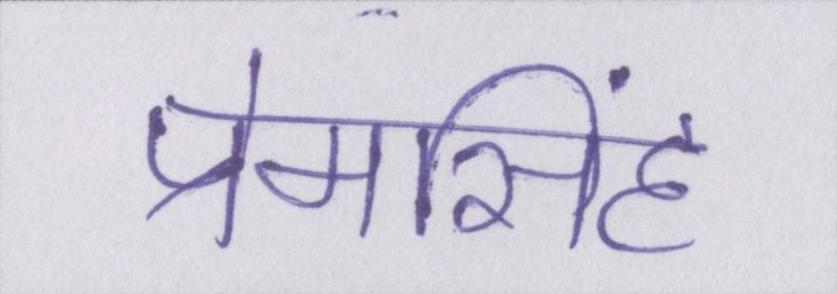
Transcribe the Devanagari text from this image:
प्रेमसिंह